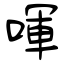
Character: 喗